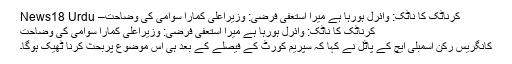
کرناٹک کا ناٹک: وائرل ہورہا ہے میرا استعفیٰ فرضی: وزیراعلیٰ کمارا سوامی کی وضاحت– News18 Urdu
کرناٹک کا ناٹک: وائرل ہورہا ہے میرا استعفیٰ فرضی: وزیراعلیٰ کمارا سوامی کی وضاحت
کانگریس رکن اسمبلی ایچ کے پاٹل نے کہا کہ سپریم کورٹ کے فیصلے کے بعد ہی اس موضوع پربحث کرنا ٹھیک ہوگا۔